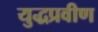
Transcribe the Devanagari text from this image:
युद्धप्रवीण